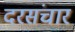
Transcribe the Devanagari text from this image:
दरसंचार